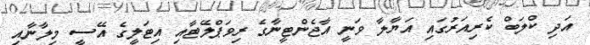
އަދި ކްލަބް ކެރިއަރުގައި އަޔާލާ ވަނީ އާޖެންޓީނާގެ ރިވަޕްލޭޓާއި އިޓަލީގެ އޭސީ މިލާނާއި